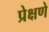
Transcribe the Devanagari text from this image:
प्रेक्षणे